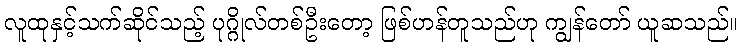
လူထုနှင့်သက်ဆိုင်သည့် ပုဂ္ဂိုလ်တစ်ဦးတော့ ဖြစ်ဟန်တူသည်ဟု ကျွန်တော် ယူဆသည်။